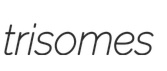
trisomes